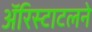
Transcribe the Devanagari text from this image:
ॲरिस्टाटलने